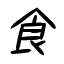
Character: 食